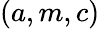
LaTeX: (a,m,c)